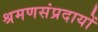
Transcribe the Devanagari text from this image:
श्रमणसंप्रदायों